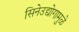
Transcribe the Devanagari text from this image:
सिनेउद्योगामुळे